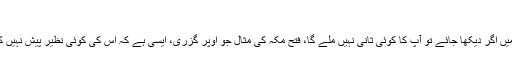
“
عفو و کرم میں اگر دیکھا جائے تو آپ کا کوئی ثانی نہیں ملے گا، فتح مکہ کی مثال جو اوپر گزری، ایسی ہے کہ اس کی کوئی نظیر پیش نہیں کی جاسکتی۔